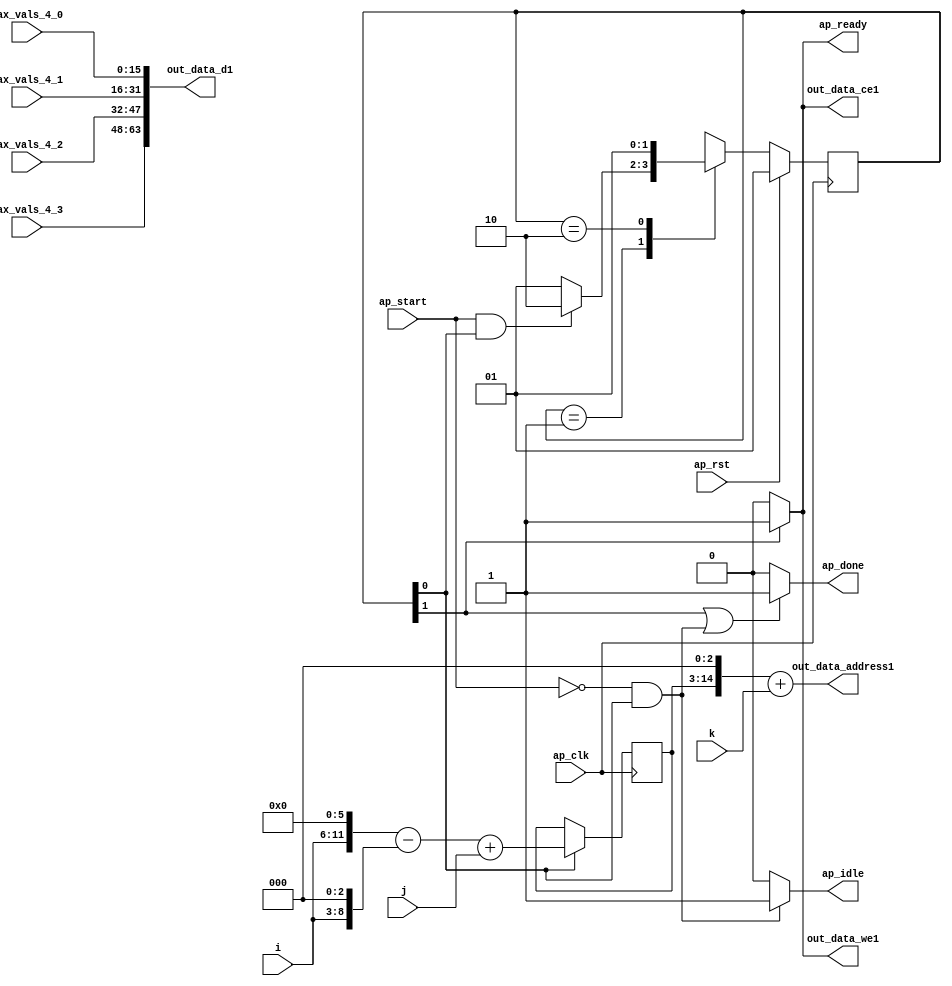
`define EXPONENT 5
`define MANTISSA 10
`define ACTUAL_MANTISSA 11
`define EXPONENT_LSB 10
`define EXPONENT_MSB 14
`define MANTISSA_LSB 0
`define MANTISSA_MSB 9
`define MANTISSA_MUL_SPLIT_LSB 3
`define MANTISSA_MUL_SPLIT_MSB 9
`define SIGN 1
`define SIGN_LOC 15
`define DWIDTH (`SIGN+`EXPONENT+`MANTISSA)
`define IEEE_COMPLIANCE 1

module td_fused_top_tdf2_writeOutputs_aligned (
        ap_clk,
        ap_rst,
        ap_start,
        ap_done,
        ap_idle,
        ap_ready,
        i,
        j,
        k,
        out_data_address1,
        out_data_ce1,
        out_data_we1,
        out_data_d1,
        max_vals_4_0,
        max_vals_4_1,
        max_vals_4_2,
        max_vals_4_3
);

parameter    ap_ST_fsm_state1 = 2'd1;
parameter    ap_ST_fsm_state2 = 2'd2;

input   ap_clk;
input   ap_rst;
input   ap_start;
output   ap_done;
output   ap_idle;
output   ap_ready;
input  [5:0] i;
input  [11:0] j;
input  [4:0] k;
output  [14:0] out_data_address1;
output   out_data_ce1;
output   out_data_we1;
output  [63:0] out_data_d1;
input  [15:0] max_vals_4_0;
input  [15:0] max_vals_4_1;
input  [15:0] max_vals_4_2;
input  [15:0] max_vals_4_3;

reg ap_done;
reg ap_idle;
reg ap_ready;
reg out_data_ce1;
reg out_data_we1;

  reg   [1:0] ap_CS_fsm;
wire    ap_CS_fsm_state1;
wire   [11:0] add_ln123_fu_105_p2;
reg   [11:0] add_ln123_reg_178;
wire   [63:0] zext_ln123_6_fu_132_p1;
wire    ap_CS_fsm_state2;
wire   [8:0] tmp_s_fu_87_p3;
wire   [11:0] tmp_fu_79_p3;
wire   [11:0] zext_ln123_fu_95_p1;
wire   [11:0] sub_ln123_fu_99_p2;
wire   [14:0] tmp_129_cast_fu_111_p3;
wire   [14:0] zext_ln123_5_fu_122_p1;
wire   [14:0] add_ln123_3_fu_126_p2;
wire   [15:0] bitcast_ln123_9_fu_161_p1;
wire   [15:0] bitcast_ln123_8_fu_153_p1;
wire   [15:0] bitcast_ln123_7_fu_145_p1;
wire   [15:0] bitcast_ln123_fu_137_p1;
reg   [1:0] ap_NS_fsm;
wire    ap_ce_reg;

// power-on initialization
initial begin
#0 ap_CS_fsm = 2'd1;
end

always @ (posedge ap_clk) begin
    if (ap_rst == 1'b1) begin
        ap_CS_fsm <= ap_ST_fsm_state1;
    end else begin
        ap_CS_fsm <= ap_NS_fsm;
    end
end

always @ (posedge ap_clk) begin
    if ((1'b1 == ap_CS_fsm_state1)) begin
        add_ln123_reg_178 <= add_ln123_fu_105_p2;
    end
end

always @ (*) begin
    if (((1'b1 == ap_CS_fsm_state2) | ((ap_start == 1'b0) & (1'b1 == ap_CS_fsm_state1)))) begin
        ap_done = 1'b1;
    end else begin
        ap_done = 1'b0;
    end
end

always @ (*) begin
    if (((ap_start == 1'b0) & (1'b1 == ap_CS_fsm_state1))) begin
        ap_idle = 1'b1;
    end else begin
        ap_idle = 1'b0;
    end
end

always @ (*) begin
    if ((1'b1 == ap_CS_fsm_state2)) begin
        ap_ready = 1'b1;
    end else begin
        ap_ready = 1'b0;
    end
end

always @ (*) begin
    if ((1'b1 == ap_CS_fsm_state2)) begin
        out_data_ce1 = 1'b1;
    end else begin
        out_data_ce1 = 1'b0;
    end
end

always @ (*) begin
    if ((1'b1 == ap_CS_fsm_state2)) begin
        out_data_we1 = 1'b1;
    end else begin
        out_data_we1 = 1'b0;
    end
end

always @ (*) begin
    case (ap_CS_fsm)
        ap_ST_fsm_state1 : begin
            if (((ap_start == 1'b1) & (1'b1 == ap_CS_fsm_state1))) begin
                ap_NS_fsm = ap_ST_fsm_state2;
            end else begin
                ap_NS_fsm = ap_ST_fsm_state1;
            end
        end
        ap_ST_fsm_state2 : begin
            ap_NS_fsm = ap_ST_fsm_state1;
        end
        default : begin
            ap_NS_fsm = 'bx;
        end
    endcase
end

assign add_ln123_3_fu_126_p2 = (tmp_129_cast_fu_111_p3 + zext_ln123_5_fu_122_p1);

assign add_ln123_fu_105_p2 = (sub_ln123_fu_99_p2 + j);

assign ap_CS_fsm_state1 = ap_CS_fsm[32'd0];

assign ap_CS_fsm_state2 = ap_CS_fsm[32'd1];

assign bitcast_ln123_7_fu_145_p1 = max_vals_4_1;

assign bitcast_ln123_8_fu_153_p1 = max_vals_4_2;

assign bitcast_ln123_9_fu_161_p1 = max_vals_4_3;

assign bitcast_ln123_fu_137_p1 = max_vals_4_0;

assign out_data_address1 = zext_ln123_6_fu_132_p1;

assign out_data_d1 = {{{{bitcast_ln123_9_fu_161_p1}, {bitcast_ln123_8_fu_153_p1}}, {bitcast_ln123_7_fu_145_p1}}, {bitcast_ln123_fu_137_p1}};

assign sub_ln123_fu_99_p2 = (tmp_fu_79_p3 - zext_ln123_fu_95_p1);

assign tmp_129_cast_fu_111_p3 = {{add_ln123_reg_178}, {3'd0}};

assign tmp_fu_79_p3 = {{i}, {6'd0}};

assign tmp_s_fu_87_p3 = {{i}, {3'd0}};

assign zext_ln123_5_fu_122_p1 = k;

assign zext_ln123_6_fu_132_p1 = add_ln123_3_fu_126_p2;

assign zext_ln123_fu_95_p1 = tmp_s_fu_87_p3;

endmodule //td_fused_top_tdf2_writeOutputs_aligned